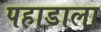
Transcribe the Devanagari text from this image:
पहाडाला